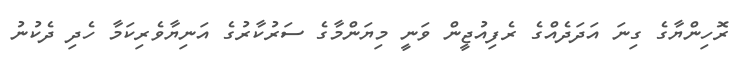
ރޮހިންޔާގެ ގިނަ އަދަދެއްގެ ރެފިއުޖީން ވަނީ މިޔަންމާގެ ސަރުކާރުގެ އަނިޔާވެރިކަމާ ހެދި ދެކުނު